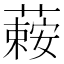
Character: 𦾄